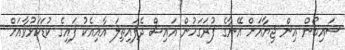
ސައިބޯން އިން ޖިޔާއަށް އޭނާގެ ފުރަގަހުން އައިސް ދެފައިތިލަ އާއިއެކު ފައިގެ ކުޑަކަޅުވާއަށް